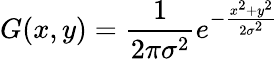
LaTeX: G(x,y)=\frac{1}{2\pi\sigma^{2}}e^{-\frac{x^{2}+y^{2}}{2\sigma^{2}}}